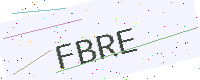
Text: FBRE